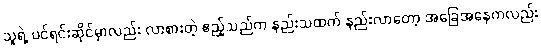
သူရဲ့ ပင်ရင်းဆိုင်မှာလည်း လာစားတဲ့ ဧည့်သည်က နည်းသထက် နည်းလာတော့ အခြေအနေကလည်း